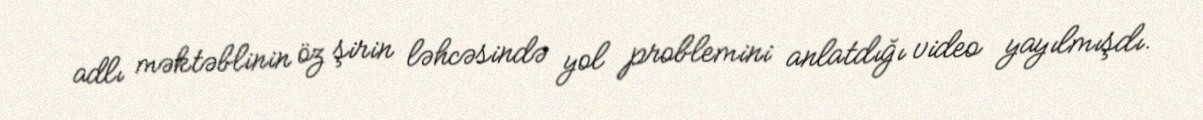
adlı məktəblinin öz şirin ləhcəsində yol problemini anlatdığı video yayılmışdı.